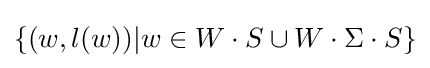
\{(w,l(w))|w\in W\cdot S\cup W\cdot \Sigma \cdot S\}